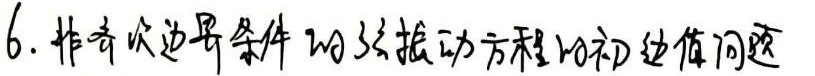
6. 非齐次边界条件的弦振动方程的初边值问题